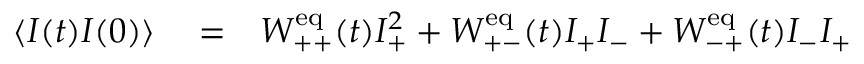
\begin{array} { r l r } { \langle I ( t ) I ( 0 ) \rangle } & { { } = } & { W _ { + + } ^ { \mathrm { e q } } ( t ) I _ { + } ^ { 2 } + W _ { + - } ^ { \mathrm { e q } } ( t ) I _ { + } I _ { - } + W _ { - + } ^ { \mathrm { e q } } ( t ) I _ { - } I _ { + } } \end{array}